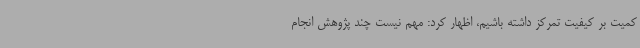
کمیت بر کیفیت تمرکز داشته باشیم، اظهار کرد: مهم نیست چند پژوهش انجام